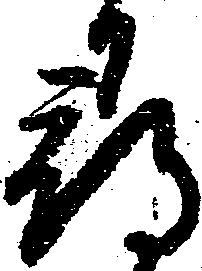
尋